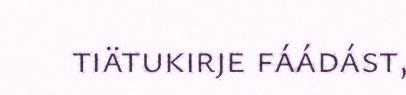
tiätukirje fáádást,